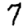
Digit: 7